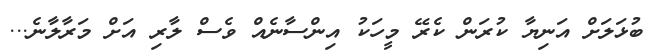
ބުޅަލަށް އަނިޔާ ކުރަން ކެރޭ މީހަކު އިންސާނެއް ވެސް ލާރި އަށް މަރާލާނެ...